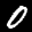
Label: 0